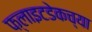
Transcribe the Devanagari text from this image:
फ्लाइटडेकच्या